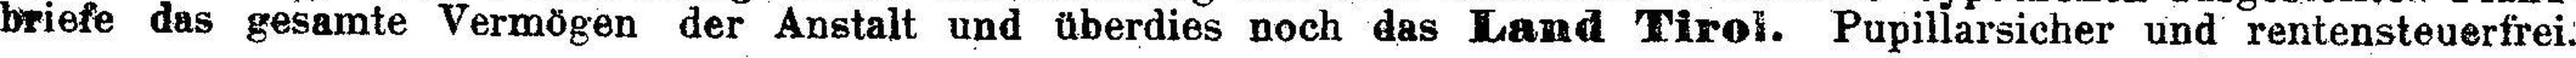
briefe das gesamte Vermögen der Anstalt und überdies noch das Land Tirol. Pupillarsicher und rentensteuerfrei.